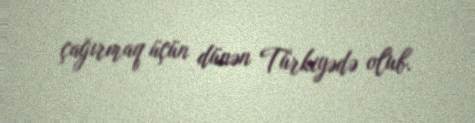
çağırmaq üçün dünən Türkiyədə olub.